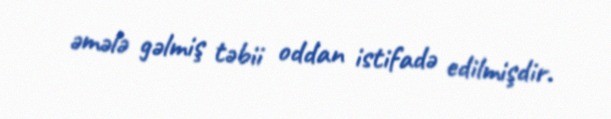
əmələ gəlmiş təbii oddan istifadə edilmişdir.